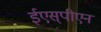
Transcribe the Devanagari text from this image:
ईएस्‌पीएन